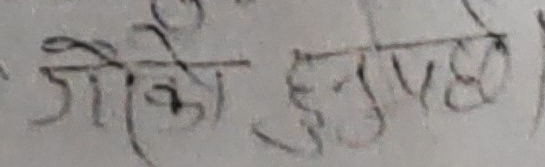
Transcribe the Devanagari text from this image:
जौको हुनुपर्छ।